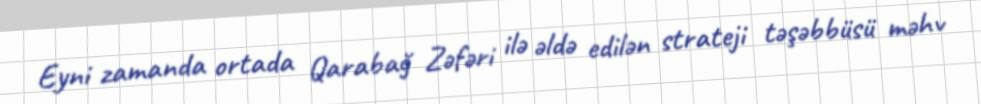
Eyni zamanda ortada Qarabağ Zəfəri ilə əldə edilən strateji təşəbbüsü məhv